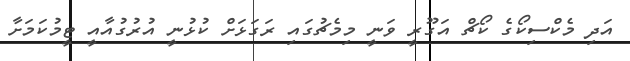
އަދި މެކްސިކޯގެ ކޯޗް އަގޫރީ ވަނީ މިމެޗުގައި ރަގަޅަށް ކުޅުނީ އުރުގުއާއީ ޓީމުކަމަށާ